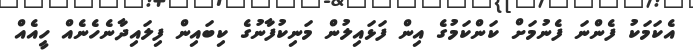
އެކަމަކު ފެންނަ ފެނުމަށް ކަންކަމުގެ އިން ފަޅައިލުން މަނިކުފާނުގެ ކިބައިން ފިލައިދާނެހެނެއް ހީއެއް